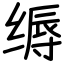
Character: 缛